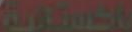
باكستانية